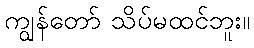
ကျွန်တော် သိပ်မထင်ဘူး။